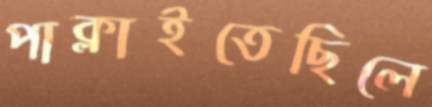
পাক্‌লাইতেছিলে